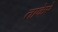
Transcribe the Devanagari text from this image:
ताकेरे